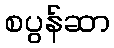
စပွန်ဆာ